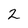
Character: 2